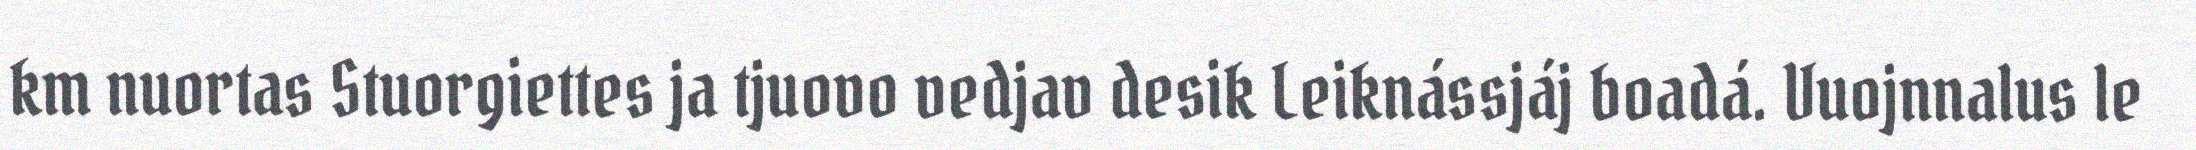
km nuortas Stuorgiettes ja tjuovo vedjav desik Leiknássjáj boadá. Vuojnnalus le